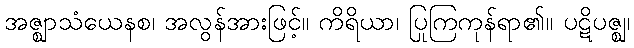
အဇ္ဈာသံယေနစ၊ အလွန်အားဖြင့်။ ကိရိယာ၊ ပြုကြကုန်ရာ၏။ ပဋိပဇ္ဈ၊